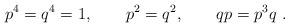
LaTeX: \begin{align*}p^4=q^4=1, \quad \quad p^2=q^2, \quad \quad qp=p^3q ~.\end{align*}